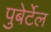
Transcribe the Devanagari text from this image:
पुबेर्टेल